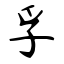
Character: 孚